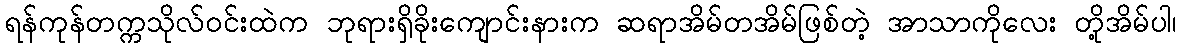
ရန်ကုန်တက္ကသိုလ်ဝင်းထဲက ဘုရားရှိခိုးကျောင်းနားက ဆရာအိမ်တအိမ်ဖြစ်တဲ့ အာသာကိုလေး တို့အိမ်ပါ၊